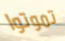
تموتوا